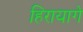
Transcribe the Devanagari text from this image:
हिरायागे